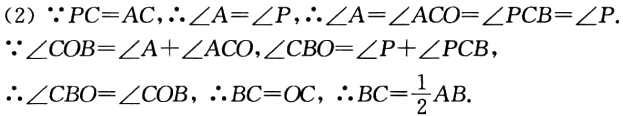
(2) \(\because PC = AC,\therefore\angle A=\angle P,\therefore\angle A = \angle ACO=\angle PCB=\angle P\).

\(\because\angle COB=\angle A+\angle ACO,\angle CBO=\angle P+\angle PCB\),

\(\therefore\angle CBO=\angle COB,\therefore BC = OC,\therefore BC=\frac{1}{2}AB\).